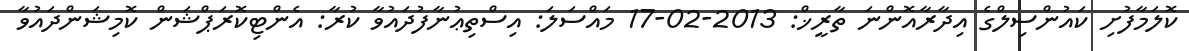
ކޮލަމާފުށި ކައުންސިލްގެ އިދާރާއޮންނަ ތާރީޚް: 2013-02-17 މައްސަލަ: އިސްތިޢުނާފުދައުވާ ކުރާ: އެންޓިކޮރަޕްޝަން ކޮމިޝަންދައުވާ